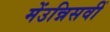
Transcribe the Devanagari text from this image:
मेंउन्निसवीं